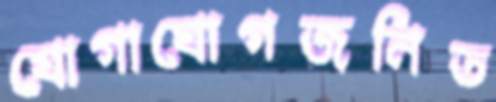
যোগাযোগজনিত